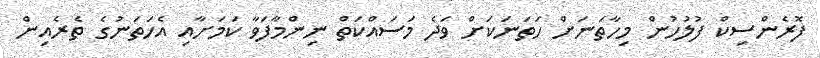
ފޮރެންސިކް ފުލުހުން މިހާތަނަށް ހަތަނަކަށް ވަދެ މަސައްކަތް ނިންމާފަވާ ކަމަށާއި އެހަތަނުގެ ތެރެއިން